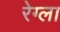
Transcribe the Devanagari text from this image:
रेग्ला